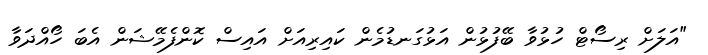
"އަލަށް ރިސޯޓް ހުޅުވާ ބޭފުޅުން އަޅުގަނޑުމެން ކައިރިއަށް އައިސް ކޮންފެމޭޝަން އެބަ ހޯއްދަވާ